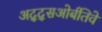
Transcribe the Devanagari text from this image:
अद्द्सओर्बतिवे